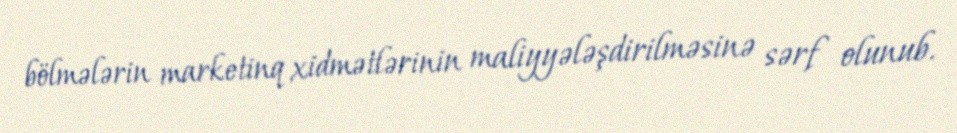
bölmələrin marketinq xidmətlərinin maliyyələşdirilməsinə sərf olunub.